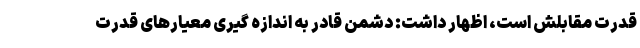
قدرت مقابلش است، اظهار داشت: دشمن قادر به اندازه گیری معیارهای قدرت